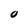
Character: 0